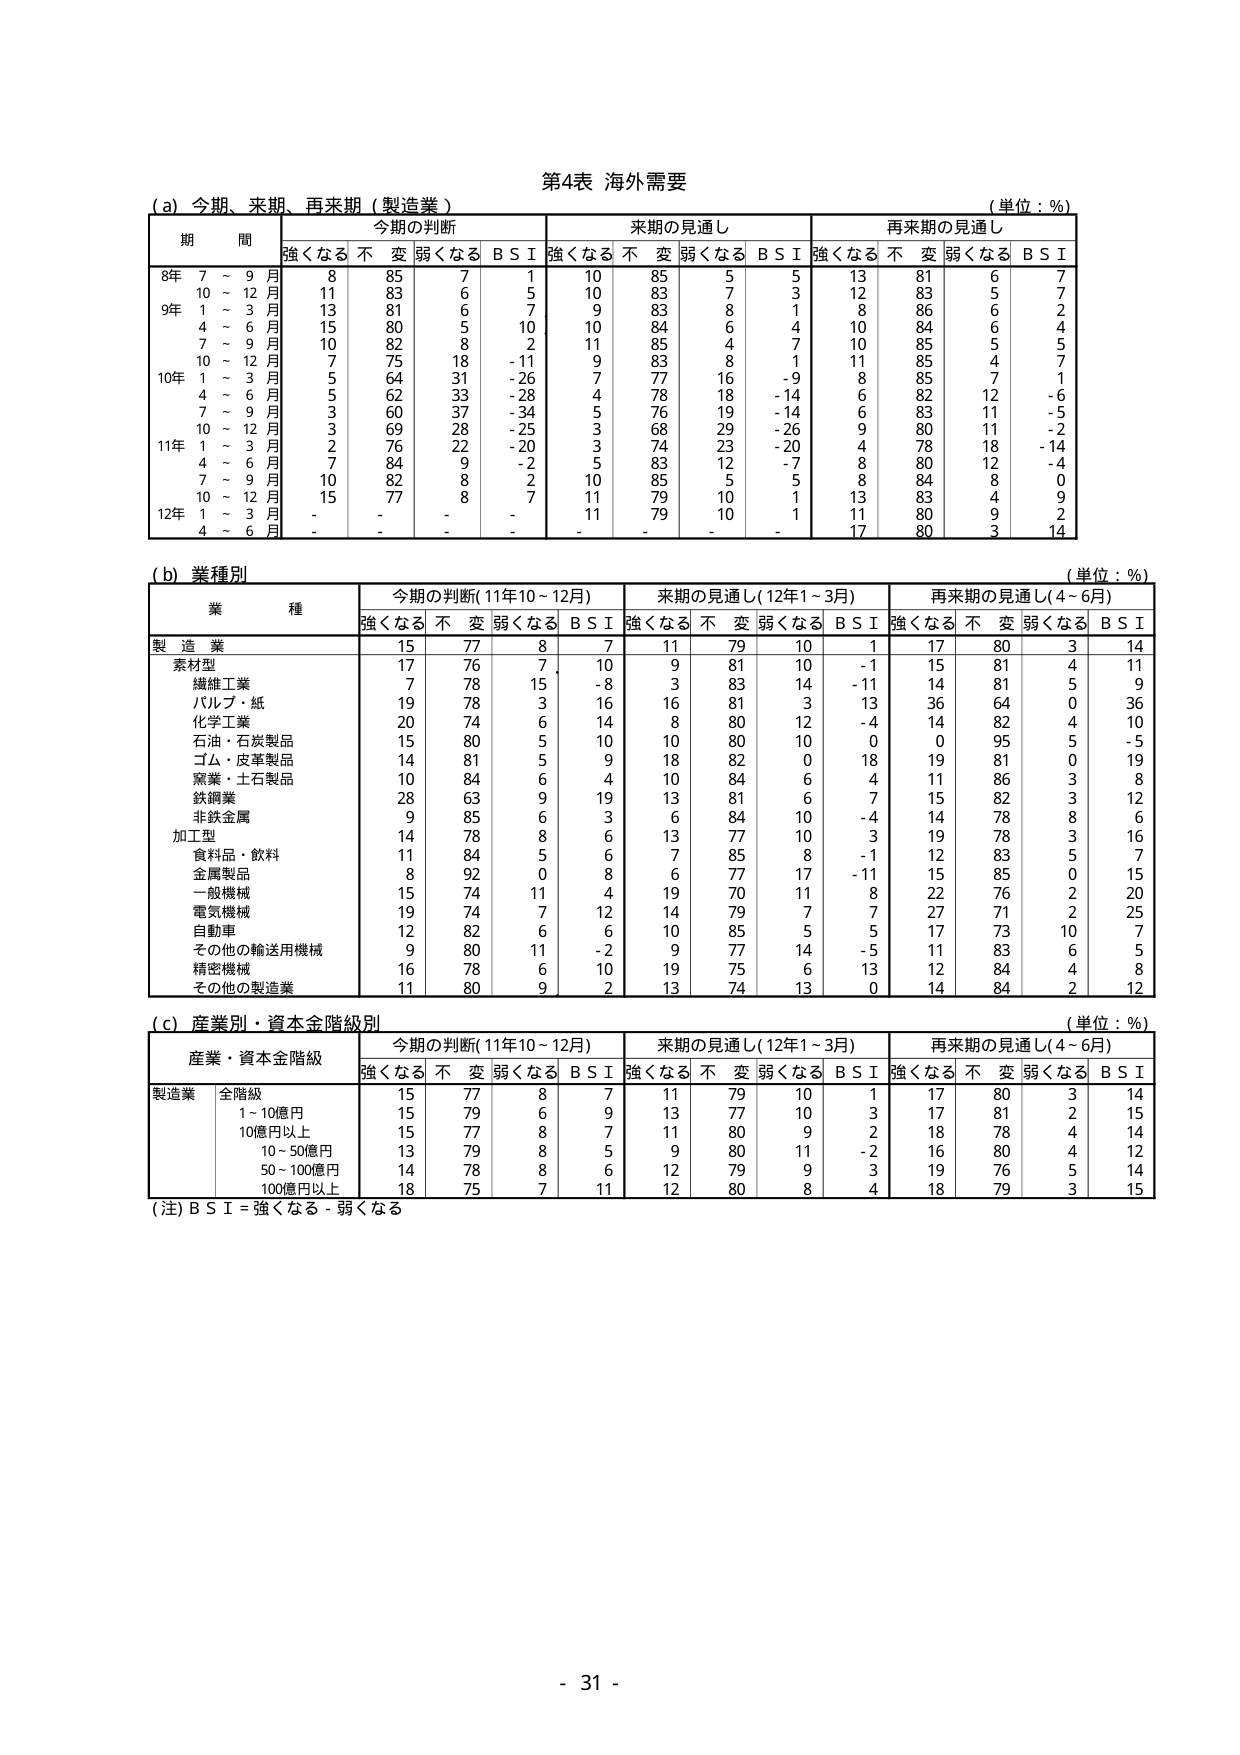
第4表 海外需要

(a) 今期、来期、再来期（製造業）
（単位：％）

期 間 | 今期の判断 | 来期の見通し | 再来期の見通し
--- | --- | --- | ---
 | 強くなる | 不変 | 弱くなる | B S I | 強くなる | 不変 | 弱くなる | B S I | 強くなる | 不変 | 弱くなる | B S I
8年 7～9月 | 8 | 85 | 7 | 1 | 10 | 85 | 5 | 5 | 13 | 81 | 6 | 7
10～12月 | 11 | 83 | 6 | 5 | 10 | 83 | 7 | 3 | 12 | 83 | 5 | 7
9年 1～3月 | 13 | 81 | 6 | 7 | 9 | 83 | 8 | 1 | 8 | 86 | 6 | 2
4～6月 | 15 | 80 | 5 | 10 | 10 | 84 | 6 | 4 | 10 | 84 | 6 | 4
7～9月 | 10 | 82 | 8 | 2 | 11 | 85 | 4 | 7 | 10 | 85 | 5 | 5
10～12月 | 7 | 75 | 18 | -11 | 9 | 83 | 8 | 1 | 11 | 85 | 4 | 7
10年 1～3月 | 5 | 64 | 31 | -26 | 7 | 77 | 16 | -9 | 8 | 85 | 7 | 1
4～6月 | 5 | 62 | 33 | -28 | 4 | 78 | 18 | -14 | 6 | 82 | 12 | -6
7～9月 | 3 | 60 | 37 | -34 | 5 | 76 | 19 | -14 | 6 | 83 | 11 | -5
10～12月 | 3 | 69 | 28 | -25 | 3 | 68 | 29 | -26 | 9 | 80 | 11 | -2
11年 1～3月 | 2 | 76 | 22 | -20 | 3 | 74 | 23 | -20 | 4 | 78 | 18 | -14
4～6月 | 7 | 84 | 9 | -2 | 5 | 83 | 12 | -7 | 8 | 80 | 12 | -4
7～9月 | 10 | 82 | 8 | 2 | 10 | 85 | 5 | 5 | 8 | 84 | 8 | 0
10～12月 | 15 | 77 | 8 | 7 | 11 | 79 | 10 | 1 | 13 | 83 | 4 | 9
12年 1～3月 | - | - | - | - | 11 | 79 | 10 | 1 | 11 | 80 | 9 | 2
4～6月 | - | - | - | - | - | - | - | - | 17 | 80 | 3 | 14

(b) 業種別
（単位：％）

業 種 | 今期の判断（11年10～12月） | 来期の見通し（12年1～3月） | 再来期の見通し（4～6月）
--- | --- | --- | ---
 | 強くなる | 不変 | 弱くなる | B S I | 強くなる | 不変 | 弱くなる | B S I | 強くなる | 不変 | 弱くなる | B S I
製 造 業 | 15 | 77 | 8 | 7 | 11 | 79 | 10 | 1 | 17 | 80 | 3 | 14
素材型 | 17 | 76 | 7 | 10 | 9 | 81 | 10 | -1 | 15 | 81 | 4 | 11
繊維工業 | 7 | 78 | 15 | -8 | 3 | 83 | 14 | -11 | 14 | 81 | 5 | 9
パルプ・紙 | 19 | 78 | 3 | 16 | 16 | 81 | 3 | 13 | 36 | 64 | 0 | 36
化学工業 | 20 | 74 | 6 | 14 | 8 | 80 | 12 | -4 | 14 | 82 | 4 | 10
石油・石炭製品 | 15 | 80 | 5 | 10 | 10 | 80 | 10 | 0 | 0 | 95 | 5 | -5
ゴム・皮革製品 | 14 | 81 | 5 | 9 | 18 | 82 | 0 | 18 | 19 | 81 | 0 | 19
窯業・土石製品 | 10 | 84 | 6 | 4 | 10 | 84 | 6 | 4 | 11 | 86 | 3 | 8
鉄鋼業 | 28 | 63 | 9 | 19 | 13 | 81 | 6 | 7 | 15 | 82 | 3 | 12
非鉄金属 | 9 | 85 | 6 | 3 | 6 | 84 | 10 | -4 | 14 | 78 | 8 | 6
加工型 | 14 | 78 | 8 | 6 | 13 | 77 | 10 | 3 | 19 | 78 | 3 | 16
食料品・飲料 | 11 | 84 | 5 | 6 | 7 | 85 | 8 | -1 | 12 | 83 | 5 | 7
金属製品 | 8 | 92 | 0 | 8 | 6 | 77 | 17 | -11 | 15 | 85 | 0 | 15
一般機械 | 15 | 74 | 11 | 4 | 19 | 70 | 11 | 8 | 22 | 76 | 2 | 20
電気機械 | 19 | 74 | 7 | 12 | 14 | 79 | 7 | 7 | 27 | 71 | 2 | 25
自動車 | 12 | 82 | 6 | 6 | 10 | 85 | 5 | 5 | 17 | 73 | 10 | 7
その他の輸送用機械 | 9 | 80 | 11 | -2 | 9 | 77 | 14 | -5 | 11 | 83 | 6 | 5
精密機械 | 16 | 78 | 6 | 10 | 19 | 75 | 6 | 13 | 12 | 84 | 4 | 8
その他の製造業 | 11 | 80 | 9 | 2 | 13 | 74 | 13 | 0 | 14 | 84 | 2 | 12

(c) 産業別・資本金階級別
（単位：％）

産業・資本金階級 | 今期の判断（11年10～12月） | 来期の見通し（12年1～3月） | 再来期の見通し（4～6月）
--- | --- | --- | ---
 | 強くなる | 不変 | 弱くなる | B S I | 強くなる | 不変 | 弱くなる | B S I | 強くなる | 不変 | 弱くなる | B S I
製造業 | 全階級 | 15 | 77 | 8 | 7 | 11 | 79 | 10 | 1 | 17 | 80 | 3 | 14
 | 1～10億円 | 15 | 79 | 6 | 9 | 13 | 77 | 10 | 3 | 17 | 81 | 2 | 15
 | 10億円以上 | 15 | 77 | 8 | 7 | 11 | 80 | 9 | 2 | 18 | 78 | 4 | 14
 | 10～50億円 | 13 | 79 | 8 | 5 | 9 | 80 | 11 | -2 | 16 | 80 | 4 | 12
 | 50～100億円 | 14 | 78 | 8 | 6 | 12 | 79 | 9 | 3 | 19 | 76 | 5 | 14
 | 100億円以上 | 18 | 75 | 7 | 11 | 12 | 80 | 8 | 4 | 18 | 79 | 3 | 15

(注) B S I = 強くなる - 弱くなる

- 31 -